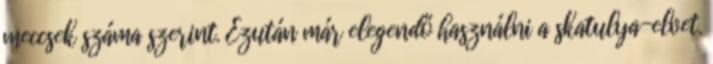
meccsek száma szerint. Ezután már elegendő használni a skatulya-elvet.